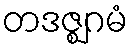
တဒဇ္ဈဂမံ